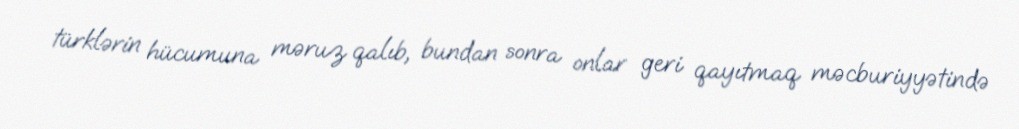
türklərin hücumuna məruz qalıb, bundan sonra onlar geri qayıtmaq məcburiyyətində